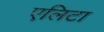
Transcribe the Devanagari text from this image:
एलिटा